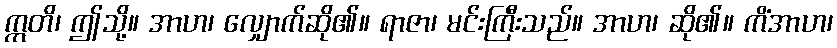
ဣတိ၊ ဤသို့။ အာဟ၊ လျှောက်ဆို၏။ ရာဇာ၊ မင်းကြီးသည်။ အာဟ၊ ဆို၏။ ကိံအာဟ၊